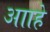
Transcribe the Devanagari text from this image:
आाहे